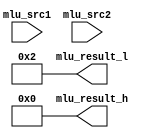
`timescale 1ns / 1ps
//////////////////////////////////////////////////////////////////////////////////
// Company: 
// Engineer: 
// 
// Design Name: 
// Module Name: mul
// Project Name: 
// Target Devices: 
// Tool Versions: 
// Description: 
// 
// Dependencies: 
// 
// Revision:
// Revision 0.01 - File Created
// Additional Comments:
// 
//////////////////////////////////////////////////////////////////////////////////


`timescale 1ns / 1ps
//////////////////////////////////////////////////////////////////////////////////
// Company: 
// Engineer: 
// 
// Design Name: 
// Module Name: mul
// Project Name: 
// Target Devices: 
// Tool Versions: 
// Description: 
// 
// Dependencies: 
// 
// Revision:
// Revision 0.01 - File Created
// Additional Comments:
// 
//////////////////////////////////////////////////////////////////////////////////


module mul(
    input  [31:0] mlu_src1,
    input  [31:0] mlu_src2,
    output [31:0] mlu_result_l,
    output [31:0] mlu_result_h
    );
    reg [31:0] src1_temp;
    reg [31:0] src2_temp;
    reg [63:0] src1;
    reg [63:0] src2;
    reg [63:0] result;
    reg [63:0] temp;
    reg [5:0] cycles;
    initial begin 
            src1=64'h1;
            src2=64'h2;
            cycles=6'b0;
            result=src1[0]?src2:64'b0;
    end
    
    initial begin
       repeat (31)
            begin
               cycles=cycles+1;
               src2=src2<<1;
               result=src1[cycles]?result+src2:result;
            end
    end
    assign mlu_result_l=result[31:0];
    assign mlu_result_h=result[63:32];
endmodule